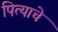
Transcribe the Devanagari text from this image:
पित्‍याचे